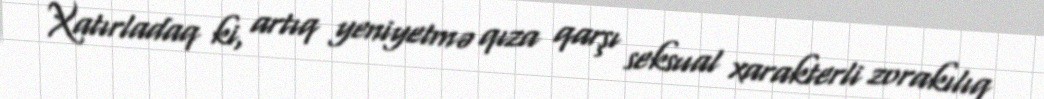
Xatırladaq ki, artıq yeniyetmə qıza qarşı seksual xarakterli zorakılıq